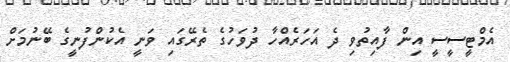
އެމްޓީސީސީ އިން ފާއިތުވި ދެ އަހަރެއްހާ ދުވަހުގެ ތެރޭގައި ވަނީ އެކުންފުނީގެ ބޭނުމަށް